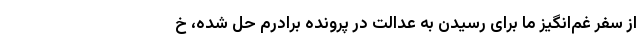
از سفر غم‌انگیز ما برای رسیدن به عدالت در پرونده برادرم حل شده، خ